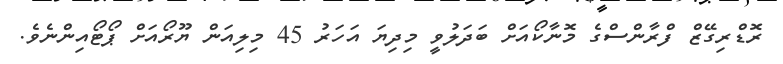
ރޮޑްރިގޭޒް ފްރާންސްގެ މޮނާކޯއަށް ބަދަލުވީ މިދިޔަ އަހަރު 45 މިލިއަން ޔޫރޯއަށް ޕޯޓޯއިންނެވެ.